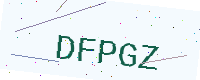
Text: DFPGZ